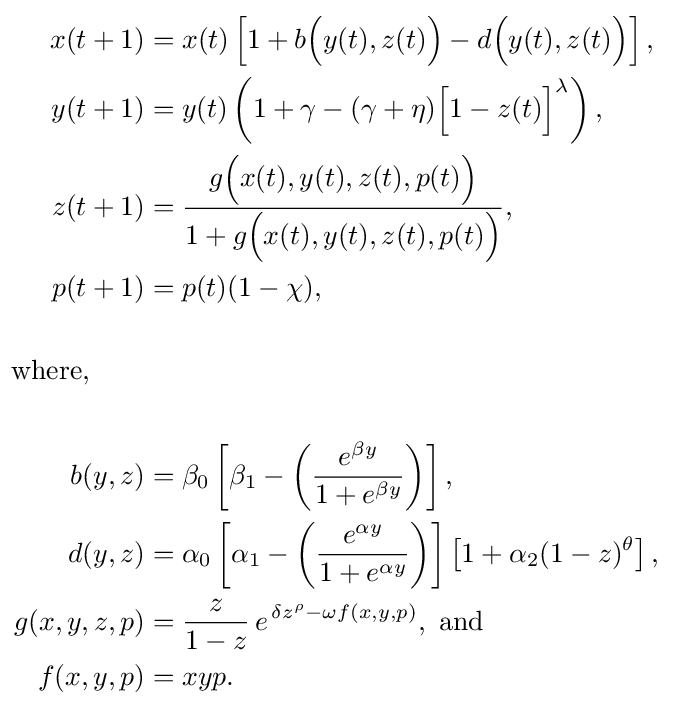
{\begin{aligned}x(t+1)&=x(t)\left[1+b{\Big (}y(t),z(t){\Big )}-d{\Big (}y(t),z(t){\Big )}\right],\\y(t+1)&=y(t)\left(1+\gamma -(\gamma +\eta ){\Big [}1-z(t){\Big ]}^{\lambda }\right),\\z(t+1)&={\frac {g{\Big (}x(t),y(t),z(t),p(t){\Big )}}{1+g{\Big (}x(t),y(t),z(t),p(t){\Big )}}},\\p(t+1)&=p(t)(1-\chi ),\\\ &\ \\\!\!\!{\text{where,}}\qquad &\ \\\ &\ \\b(y,z)&=\beta _{0}\left[\beta _{1}-\left({\frac {e^{\beta y}}{1+e^{\beta y}}}\right)\right],\\d(y,z)&=\alpha _{0}\left[\alpha _{1}-\left({\frac {e^{\alpha y}}{1+e^{\alpha y}}}\right)\right]\left[1+\alpha _{2}(1-z)^{\theta }\right],\\g(x,y,z,p)&={\frac {z}{1-z}}\,e^{\,\delta z^{\rho }-\omega f(x,y,p)},\ {\text{and}}\\f(x,y,p)&=xyp.\end{aligned}}